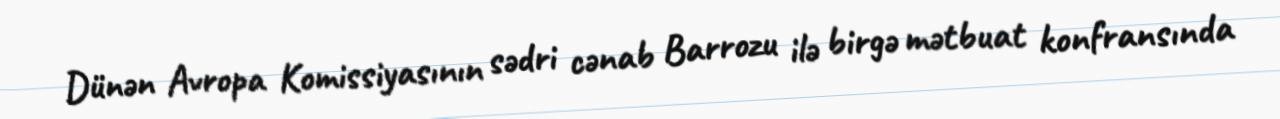
Dünən Avropa Komissiyasının sədri cənab Barrozu ilə birgə mətbuat konfransında